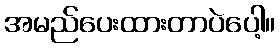
အမည်ပေးထားတာပဲပေါ့။